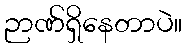
ဉာဏ်ရှိနေတာပဲ။